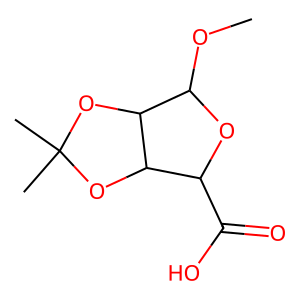
SMILES: COC1OC(C(=O)O)C2OC(C)(C)OC12
Inhibits HIV replication: No